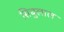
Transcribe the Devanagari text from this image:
सिबुलाल